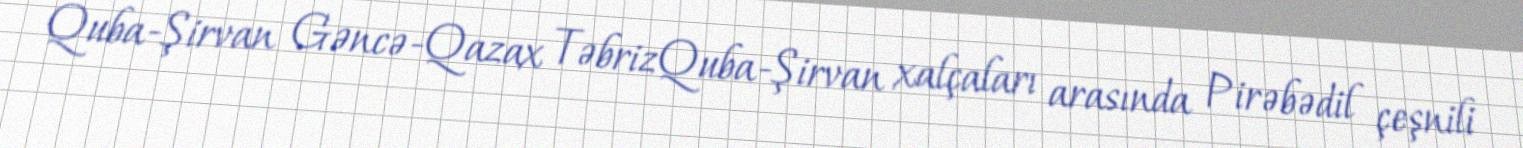
Quba-Şirvan Gəncə-Qazax TəbrizQuba-Şirvan xalçaları arasında Pirəbədil çeşnili